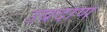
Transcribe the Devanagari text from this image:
उबदाण